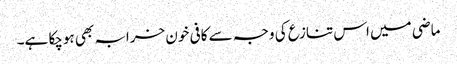
ماضی میں اس تنازع کی وجہ سے کافی خون خرابہ بھی ہوچکا ہے۔